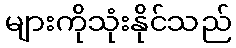
များကိုသုံးနိုင်သည်